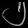
Digit: ၂